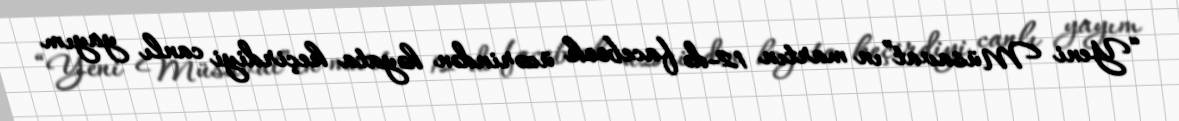
“Yeni Müsavat”ın martın 12-də facebook üzərindən həyata keçirdiyi canlı yayım